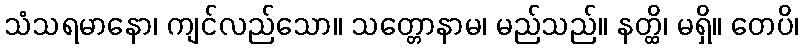
သံသရမာနော၊ ကျင်လည်သော။ သတ္တောနာမ၊ မည်သည်။ နတ္ထိ၊ မရှိ။ တေပိ၊